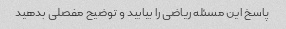
پاسخ این مسئله ریاضی را بیابید و توضیح مفصلی بدهید